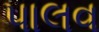
પાલવ